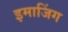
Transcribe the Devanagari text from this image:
इमाजिंग